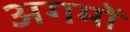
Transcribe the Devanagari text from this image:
अगमों